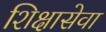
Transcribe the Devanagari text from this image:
शिक्षासेवा